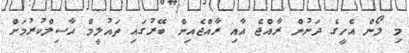
މި ލޯން އެހީގެ ދަށުން ރާއްޖެ އާއި ރާއްޖެއިން ބޭރުގައި ތައުލީމް ހާސިލްކުރުމަށް